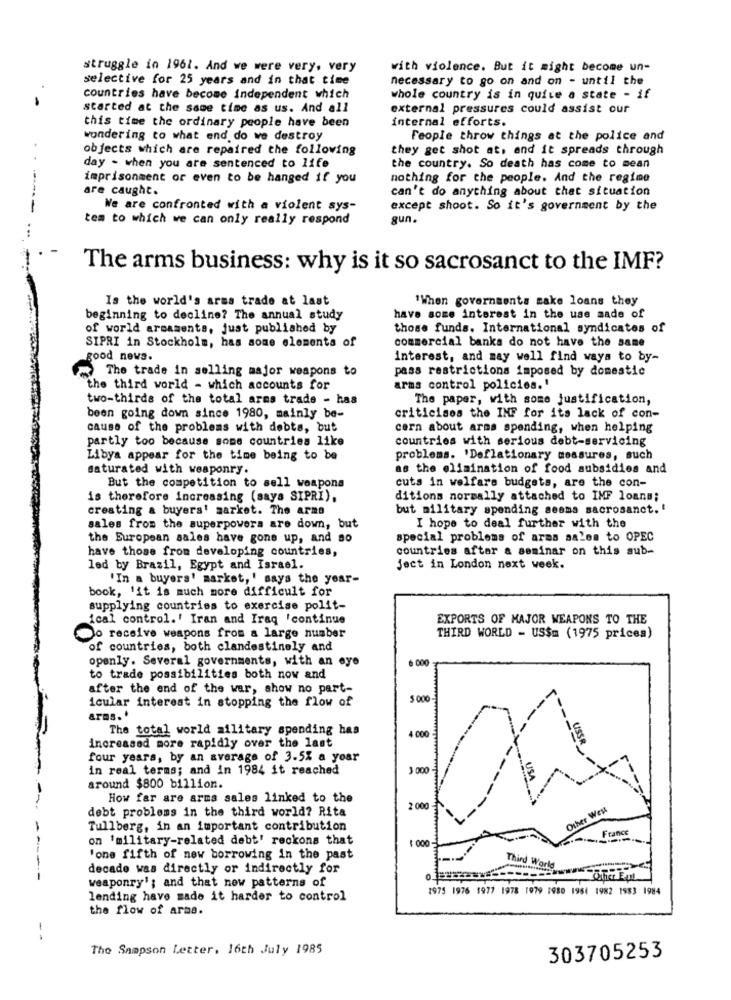
struggle in 1961. And we were very, very
with violence. But it might become un-
selective for 25 years and in that time
necessary to go on and on - until the
countries have become independent which
whole country is in quite a state - if
started at the same time as us. And all
external pressures could assist our
internal efforts.
this time the ordinary people have been
wondering to what end do we destroy
People throw things at the police and
objects which are repaired the following
they get shot at, and it spreads through
day - when you are sentenced to life
the country. So death has come to mean
imprisonment or even to be hanged if you
nothing for the people. And the regime
are caught.
can't do anything about that situation
We are confronted with a violent sys-
except shoot. So it's government by the
tem to which we can only really respond
gun.
The arms business: why is it so sacrosanct to the IMF?
Is the world's arms trade at last
'When governments make loans they
beginning to decline? The annual study
have some interest in the use made of
of world armaments, just published by
those funds. International syndicates of
commercial banks do not have the same
SIPRI in Stockholm, has some elements of
good news.
interest, and may well find ways to by-
The trade in selling major weapons to
pass restrictions imposed by domestic
"the third world - which accounts for
arms control policies.'
two-thirds of the total arms trade - has
The paper, with some justification,
been going down since 1980, mainly be-
criticises the INF for its lack of con-
cause of the problems with debts, but
cern about arms spending, when helping
partly too because some countries like
countries with serious debt-servicing
Libya appear for the time being to be
problems. 'Deflationary dossures, such
saturated with weaponry.
as the elimination of food subsidies and
But the competition to sell weapons
cuts in welfare budgets, are the con-
is therefore increasing (says SIPRI),
ditions normally attached to IMF loans;
creating a buyers' market. The arms
but military spending seems sacrosanct. '
sales from the superpowers are down, but
I hope to deal further with the
the European sales have gone up, and so
special problems of arma sales to OPEC
have those from developing countries,
countries aftar a seminar on this sub-
led by Brazil, Egypt and Israel.
ject in London next week.
"In a buyers' market, ' says the year-
book, 'it is much more difficult for
supplying countries to exercise polit-
ical control.' Iran and Iraq 'continue
EXPORTS OF MAJOR WEAPONS TO THE
o receive weapons from a large number
THIRD WORLD - US$m (1975 prices)
of countries, both clandestinely and
openly. Several governments, with an eye
6 000
to trade possibilities both now and
after the end of the war, show no part-
icular interest in stopping the flow of
5 000
arms.'
The total world military spending has
increased more rapidly over the last
4 000
four years, by an average of 3.5% a year
in real terms; and in 1984 it reached
3 000
around $800 billion.
How far are arms sales linked to the
debt problems in the third world? Rita
2 000
Other West
Tullberg, in an important contribution
France
on 'military-related debt' reckons that
'one fifth of new borrowing in the past
decade was directly or indirectly for
Third World
---
weaponry'; and that new patterns of
1975 1976 1977 1978 1979 1980 1961 1982 1983 1984
lending have made it harder to control
the flow of arma.
-
The Sampson Letter. 16th July 1985
303705253